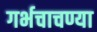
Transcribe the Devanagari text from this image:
गर्भचाचण्या